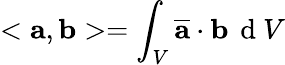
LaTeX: <\mathbf{a},\mathbf{b}>=\int_{V}^{}\overline{{\mathbf{a}}}\cdot\mathbf{b}\, \mathrm{~d~}V